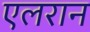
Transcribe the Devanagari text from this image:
एलरान